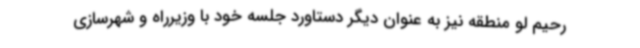
رحیم لو منطقه نیز به عنوان دیگر دستاورد جلسه خود با وزیرراه و شهرسازی